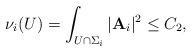
LaTeX: \begin{align*} \nu_i(U)=\int_{U\cap\Sigma_i} |{\textbf A}_i|^2\leq C_2,\end{align*}